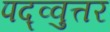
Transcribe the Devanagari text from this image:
पद्व्वुत्तर